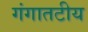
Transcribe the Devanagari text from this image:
गंगातटीय